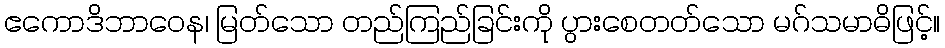
ဧကောဒိဘာဝေန၊ မြတ်သော တည်ကြည်ခြင်းကို ပွားစေတတ်သော မဂ်သမာဓိဖြင့်။